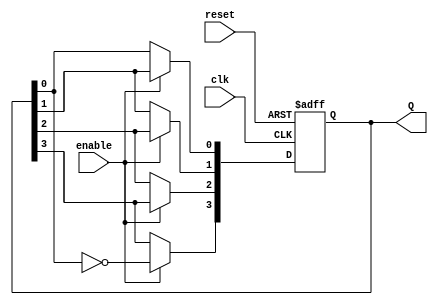
module johnson_counter(
    input wire clk,           // Clock input
    input wire reset,         // Asynchronous reset input
    input wire enable,        // Enable input
    output reg [3:0] Q        // 4-bit output representing the counter state
);

// Sequential logic for the Johnson Counter
always @(posedge clk or posedge reset) begin
    if (reset) begin
        Q <= 4'b0000;          // Reset the counter to 0000
    end else if (enable) begin
        // Johnson Counter Logic: Shift and feed back
        Q[3] <= ~Q[0];         // Inverted output of Q0 fed to Q3
        Q[2] <= Q[3];          // Shift Q3 to Q2
        Q[1] <= Q[2];          // Shift Q2 to Q1
        Q[0] <= Q[1];          // Shift Q1 to Q0
    end
end

endmodule